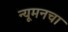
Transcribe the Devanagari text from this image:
न्यूमनचा